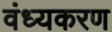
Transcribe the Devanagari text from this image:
वंध्यकरण